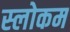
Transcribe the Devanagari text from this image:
स्‍लोकम